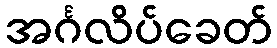
အင်္ဂလိပ်ခေတ်